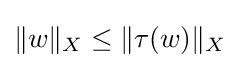
\|w\|_{X}\leq \|\tau (w)\|_{X}